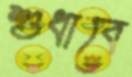
শুধাবে